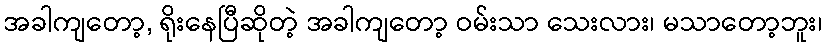
အခါကျတော့, ရိုးနေပြီဆိုတဲ့ အခါကျတော့ ဝမ်းသာ သေးလား၊ မသာတော့ဘူး၊